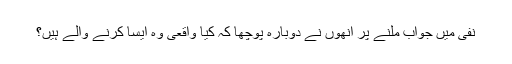
نفی میں جواب ملنے پر انھوں نے دوبارہ پوچھا کہ کیا واقعی وہ ایسا کرنے والے ہیں؟